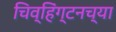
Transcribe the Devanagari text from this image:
चिव्हिंग्टनच्या